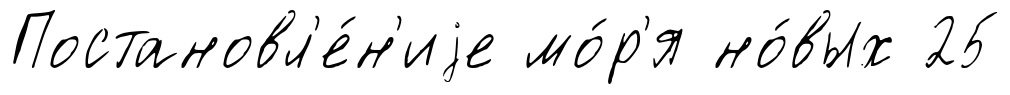
Постановл'е́н'иjе мо́р'я но́вых 25